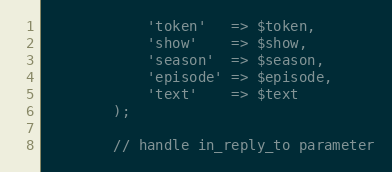
Language: PHP
            'token'   => $token,
            'show'    => $show,
            'season'  => $season,
            'episode' => $episode,
            'text'    => $text
        );

        // handle in_reply_to parameter